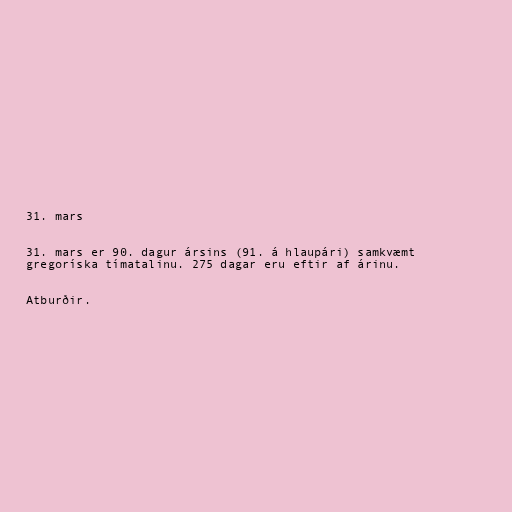
31. mars

31. mars er 90. dagur ársins (91. á hlaupári) samkvæmt
gregoríska tímatalinu. 275 dagar eru eftir af árinu.

Atburðir.